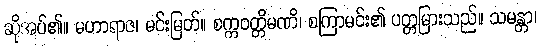
ဆိုအပ်၏။ မဟာရာဇ၊ မင်းမြတ်။ စက္ကဝတ္တိမဏိ၊ စကြာမင်း၏ ပတ္တမြားသည်။ သမန္တာ၊